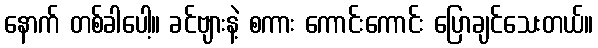
နောက် တစ်ခါပေါ့။ ခင်ဗျားနဲ့ စကား ကောင်းကောင်း ပြောချင်သေးတယ်။